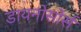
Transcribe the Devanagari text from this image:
डायनोसोर्स